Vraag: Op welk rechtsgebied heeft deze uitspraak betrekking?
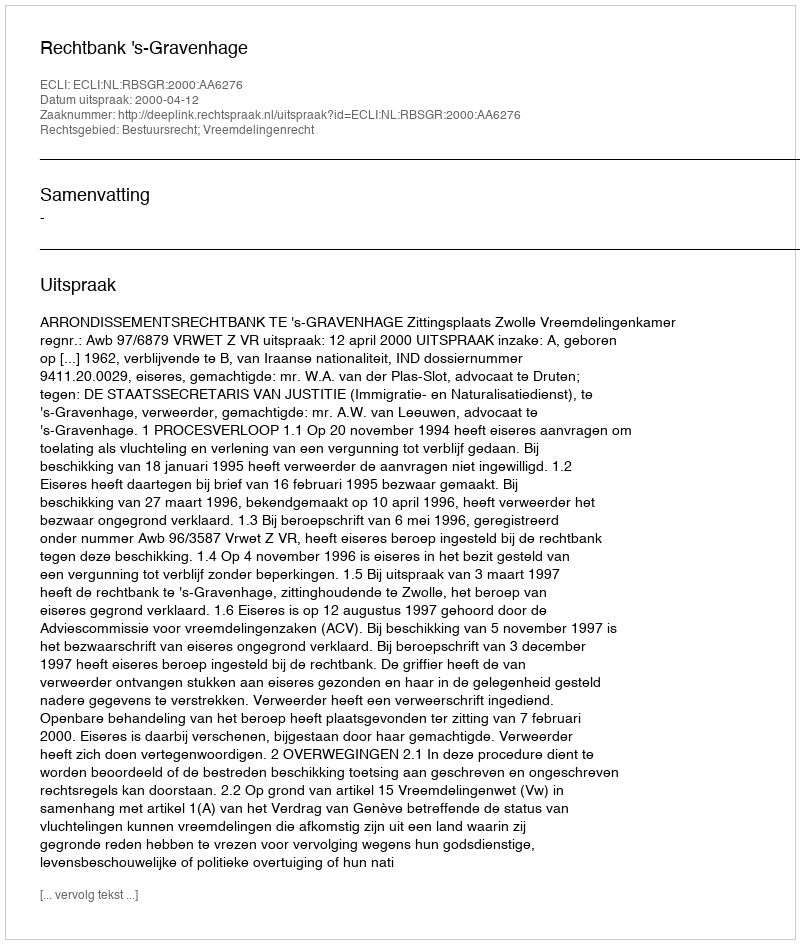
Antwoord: Bestuursrecht; Vreemdelingenrecht